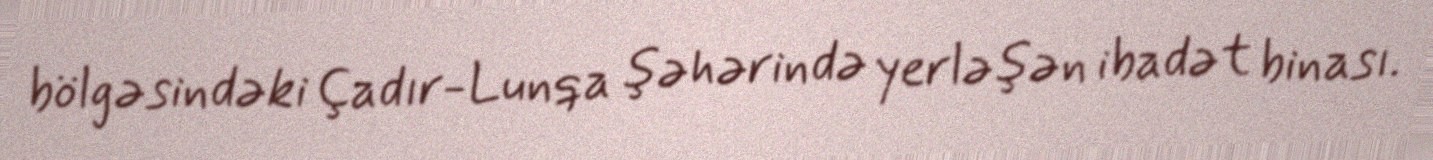
bölgəsindəki Çadır-Lunqa şəhərində yerləşən ibadət binası.